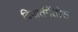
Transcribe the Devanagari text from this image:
दिपार्तमेंतोस